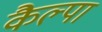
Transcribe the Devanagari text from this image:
कैल्पा